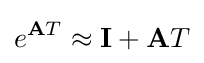
e^{\mathbf {A} T}\approx \mathbf {I} +\mathbf {A} T